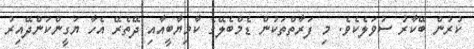
ކުރުން ބޭކާރު ސުވަލެކެވެ. މި ފަރާތްތަކުން ޑެމްބެލޭގެ ކާމިޔާބީއާއި ދޭތެރޭ އެހާ ޔަގީންކަންދޭއިރު